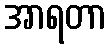
အာရတာ